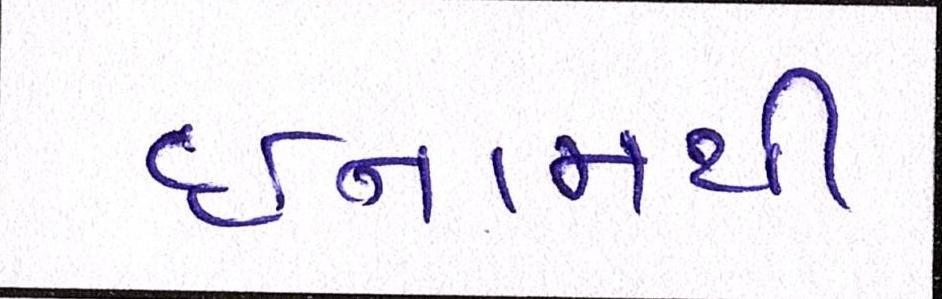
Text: ઈનામથી